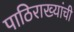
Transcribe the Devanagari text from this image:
पाठिराख्यांची